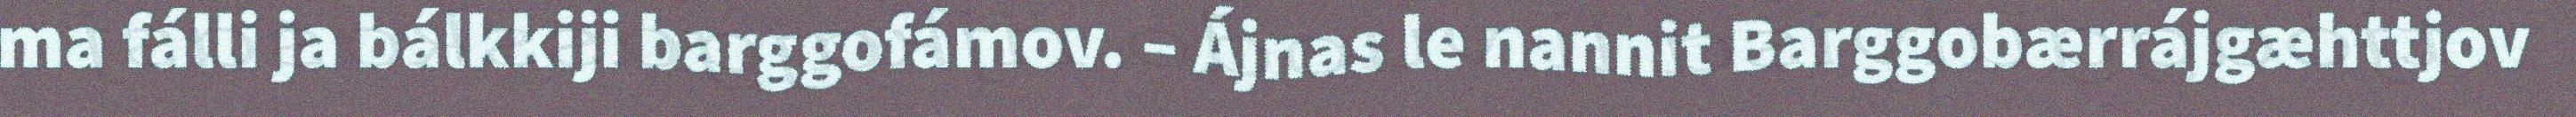
ma fálli ja bálkkiji barggofámov. – Ájnas le nannit Barggobærrájgæhttjov